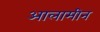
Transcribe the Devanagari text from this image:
आलामीन